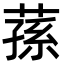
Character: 蓀